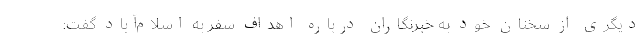
دیگری از سخنان خود به خبرنگاران درباره اهداف سفر به اسلام‌آباد گفت: